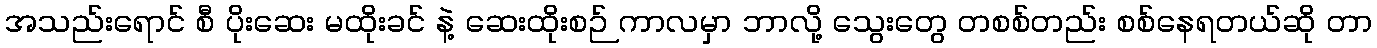
အသည်းရောင် စီ ပိုးဆေး မထိုးခင် နဲ့ ဆေးထိုးစဉ် ကာလမှာ ဘာလို့ သွေးတွေ တစစ်တည်း စစ်နေရတယ်ဆို တာ